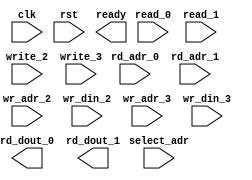
module mem_2r2w (
  clk, rst, ready,
  select_adr,
  read_0,  rd_adr_0, rd_dout_0,
  read_1,  rd_adr_1, rd_dout_1,
  write_2, wr_adr_2, wr_din_2,
  write_3, wr_adr_3, wr_din_3
);

parameter NUMADDR = 8;
parameter BITADDR = 3;
parameter BITDATA = 1;
parameter SRAM_DELAY = 0;

//Reset init logic.
parameter RSTINIT = 0; 
parameter RSTSTRT = 0;
parameter RSTINCR = 0;

//Used only for formal. 
parameter FORMAL_FULL = 0;

input                 clk;
input                 rst;
output                ready;
input                 read_0;
input  [BITADDR-1:0]  rd_adr_0;
output [BITDATA-1:0]  rd_dout_0;
input                 read_1;
input  [BITADDR-1:0]  rd_adr_1;
output [BITDATA-1:0]  rd_dout_1;
input                 write_2;
input  [BITADDR-1:0]  wr_adr_2;
input  [BITDATA-1:0]  wr_din_2;
input                 write_3;
input  [BITADDR-1:0]  wr_adr_3;
input  [BITDATA-1:0]  wr_din_3;
input  [BITADDR-1:0]  select_adr;

`ifdef FORMAL
assign ready = !rst;

generate if(FORMAL_FULL) begin : full_formal
  wire [BITDATA-1:0]  rd_dout_0_tmp;
  wire [BITDATA-1:0]  rd_dout_1_tmp;
  reg [BITDATA-1:0] mem [0:NUMADDR-1];
  always @(posedge clk)
    if (rst)
      for (integer i=0; i<NUMADDR; i++)
        mem[i] <= RSTINIT ? RSTSTRT + i*RSTINCR : 'hx;
    else begin 
      if (write_2)
        mem[wr_adr_2] <= wr_din_2;
      if (write_3)
        mem[wr_adr_3] <= wr_din_3;
    end
  shift #(.BITDATA(2*BITDATA), .DELAY(SRAM_DELAY)) delay_0(.clk(clk), .din({mem[rd_adr_0], mem[rd_adr_1]}), .dout({rd_dout_0_tmp, rd_dout_1_tmp}));
  assume_mem_dout_0_check: assume property (@(posedge clk) disable iff(rst) read_0 |-> ##SRAM_DELAY rd_dout_0 == rd_dout_0_tmp);
  assume_mem_dout_1_check: assume property (@(posedge clk) disable iff(rst) read_1 |-> ##SRAM_DELAY rd_dout_1 == rd_dout_1_tmp);
end
else begin : select_formal
  wire [BITDATA-1:0]  rd_dout_tmp;
  reg [BITDATA-1:0] mem;
  always @(posedge clk)
    if (rst)
      mem <= RSTINIT ? RSTSTRT : 'hx;
    else begin
      if (write_2 && (wr_adr_2==select_adr))
        mem <= wr_din_2;
      if (write_3 && (wr_adr_3==select_adr))
        mem <= wr_din_3;
    end

  shift #(.BITDATA(BITDATA), .DELAY(SRAM_DELAY)) delay_0(.clk(clk), .din({mem}), .dout({rd_dout_tmp}));
  assume_mem_dout_0_check: assume property (@(posedge clk) disable iff(rst) read_0 && rd_adr_0==select_adr |-> ##SRAM_DELAY rd_dout_0 == rd_dout_tmp);
  assume_mem_dout_1_check: assume property (@(posedge clk) disable iff(rst) read_1 && rd_adr_1==select_adr |-> ##SRAM_DELAY rd_dout_1 == rd_dout_tmp);
end
endgenerate
`endif

endmodule